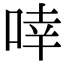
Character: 啈